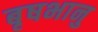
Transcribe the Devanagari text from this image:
बृषभानु